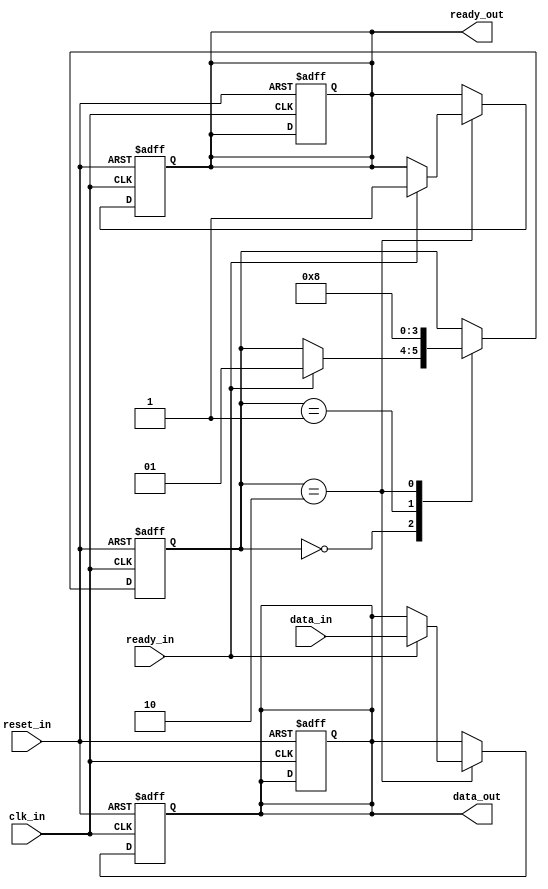
module Synchronizer_with_handshaking(
    input wire clk_in,
    input wire reset_in,
    input wire data_in,
    output reg data_out,
    input wire ready_in,
    output reg ready_out
    );

reg [1:0] state;
parameter IDLE = 2'b00, SYNC = 2'b01, HANDSHAKE = 2'b10;

always @(posedge clk_in or posedge reset_in) begin
    if (reset_in) begin
        state <= IDLE;
        data_out <= 1'b0;
        ready_out <= 1'b0;
    end else begin
        case (state)
            IDLE: begin
                if (ready_in) begin
                    state <= SYNC;
                end
            end
            SYNC: begin
                state <= HANDSHAKE;
            end
            HANDSHAKE: begin
                state <= IDLE;
            end
        endcase
    end
end

always @(posedge clk_in or posedge reset_in) begin
    if (reset_in) begin
        data_out <= 1'b0;
        ready_out <= 1'b0;
    end else begin
        case (state)
            HANDSHAKE: begin
                if (ready_in) begin
                    data_out <= data_in;
                    ready_out <= 1'b1;
                end
            end
        endcase
    end
end

endmodule